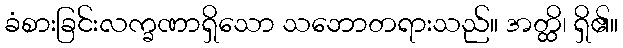
ခံစားခြင်းလက္ခဏာရှိသော သဘောတရားသည်။ အတ္ထိ၊ ရှိ၏။